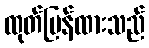
ထုတ်ပြန်ထားသည်